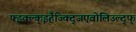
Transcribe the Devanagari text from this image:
फ्झ्क्ल्क्झ्हैज्क्द्जिएवोलिउल्द्फ्